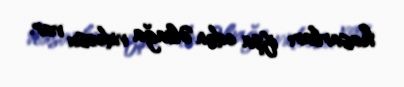
hasarları ifşa edən Əliağa videosu var.